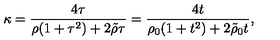
\kappa = { \frac { 4 \tau } { \rho ( 1 + \tau ^ { 2 } ) + 2 \tilde { \rho } \tau } } = { \frac { 4 t } { \rho _ { 0 } ( 1 + t ^ { 2 } ) + 2 \tilde { \rho } _ { 0 } t } } ,